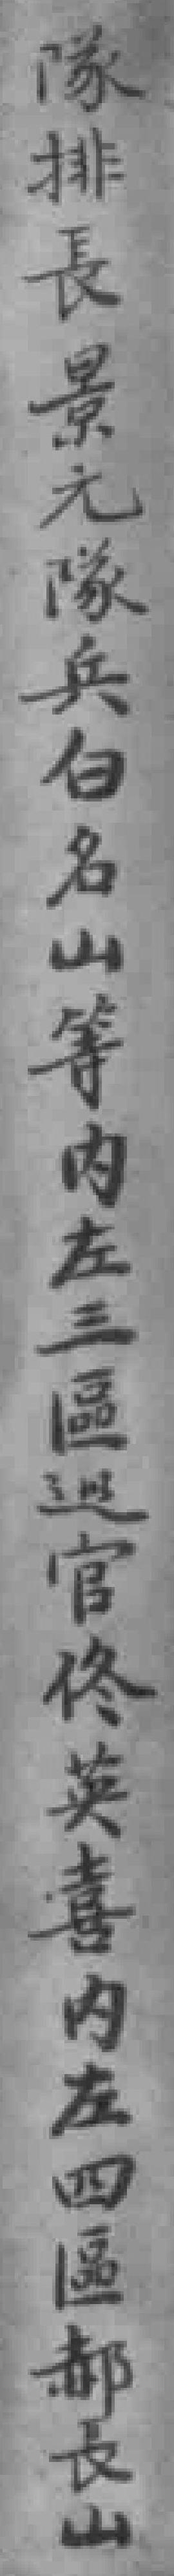
隊排長景元隊兵白名山等內左三區巡官佟英喜内左四區郝長山